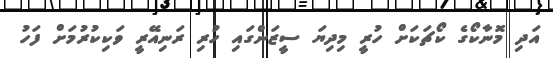
އަދި މޮނާކޯގެ ކޯޗަކަށް ހުރީ މިދިޔަ ސީޒަންގައި ހުރި ރަނިއޭރީ ވަކިކުރުމަށް ފަހު